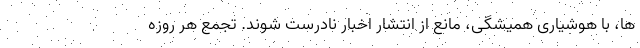
ها، با هوشیاری همیشگی، مانع از انتشار اخبار نادرست شوند. تجمع هر روزه